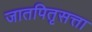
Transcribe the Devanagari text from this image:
जातपितृसत्ता